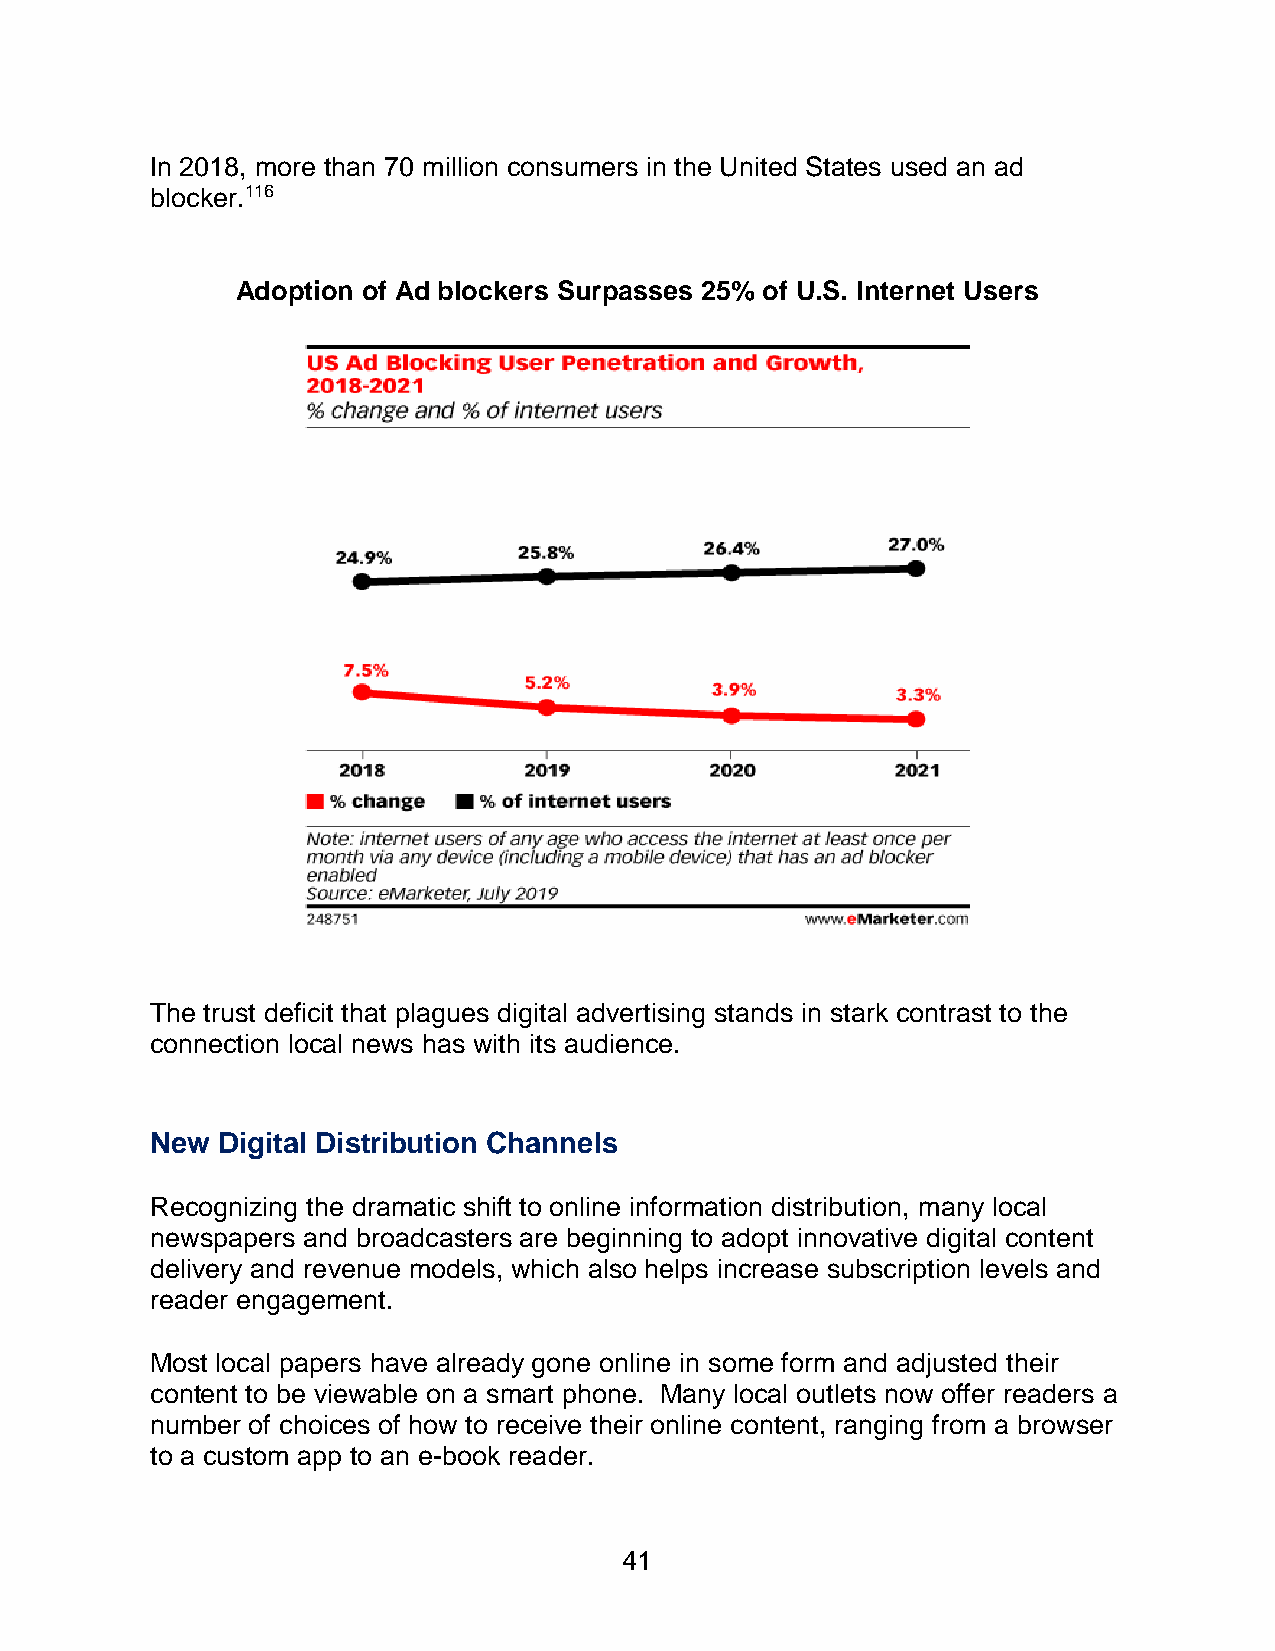
In 2018, more than 70 million consumers in the United States used an ad
 blocker.116
 Adoption of Ad blockers Surpasses 25% of U.S. Internet Users
 The trust deficit that plagues digital advertising stands in stark contrast to the
 connection local news has with its audience.
 New Digital Distribution Channels
 Recognizing the dramatic shift to online information distribution, many local
 newspapers and broadcasters are beginning to adopt innovative digital content
 delivery and revenue models, which also helps increase subscription levels and
 reader engagement.
 Most local papers have already gone online in some form and adjusted their
 content to be viewable on a smart phone. Many local outlets now offer readers a
 number of choices of how to receive their online content, ranging from a browser
 to a custom app to an e-book reader.
 41